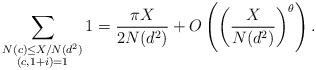
LaTeX: \begin{align*} \sum_{\substack {N(c) \leq X/N(d^2) \\ (c, 1+i)=1}} 1 = \frac {\pi X}{2N(d^2)}+O \left( \left (\frac {X}{N(d^2)} \right)^{\theta} \right).\end{align*}